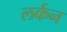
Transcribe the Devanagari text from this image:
लर्कन